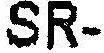
SR-